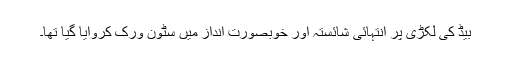
بیڈ کی لکڑی پر انتہائی شائستہ اور خوبصورت انداز میں سٹون ورک کروایا گیا تھا۔